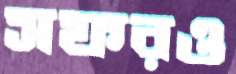
সফরও